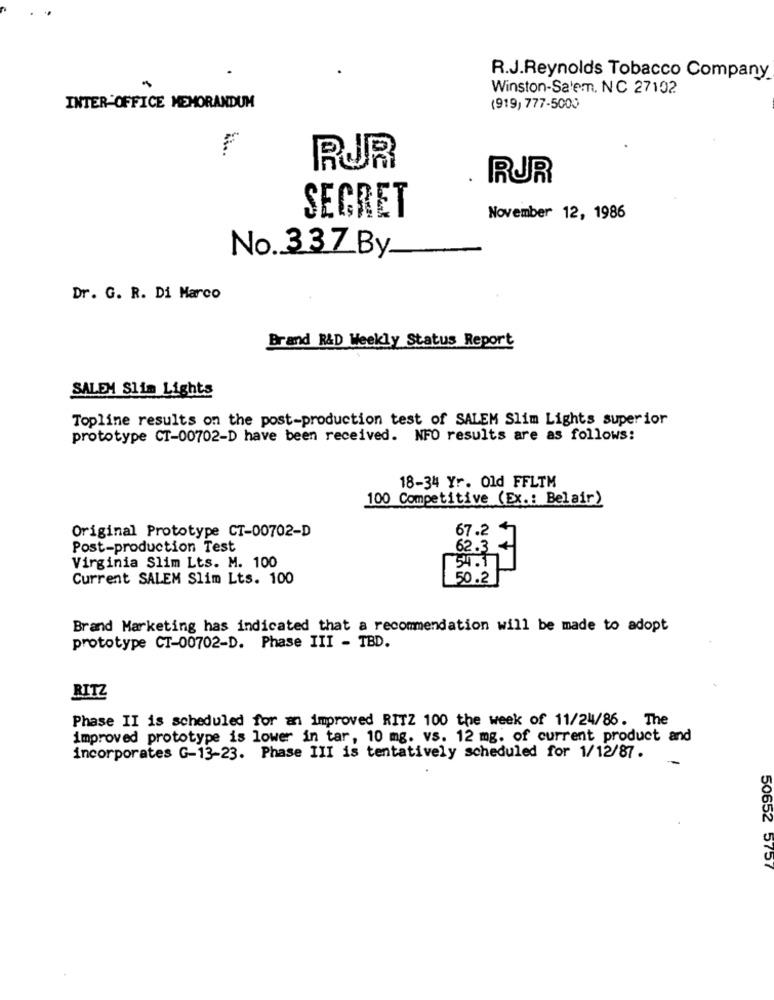
R.J.Reynolds Tobacco Company
Winston-Salem, NC 27102
INTER-OFFICE MEMORANDUM
(919, 777-5000
RUR
RUR
SEGRET
November 12, 1986
No. 33ZBy
Dr. G. R. Di Marco
Brand R&D Weekly Status Report
SALEM Slim Lights
Topline results on the post-production test of SALEM Slim Lights superior
prototype CT-00702-D have been received. NFO results are as follows:
18-34 Yr. Old FFLTM
100 Competitive (Ex .: Belair)
67.2
Original Prototype CT-00702-D
Post-production Test
62.3 +
Virginia Slim Lts. M. 100
34.5
Current SALEM Slim Lts. 100
50.2
Brand Marketing has indicated that a recommendation will be made to adopt
prototype CT-00702-D. Phase III - TBD.
RITZ
Phase II is scheduled for an improved RITZ 100 the week of 11/24/86. The
improved prototype is lower in tar, 10 mg. vs. 12 mg. of current product and
incorporates G-13-23. Phase III is tentatively scheduled for 1/12/87.
50652 5757